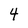
Character: 4